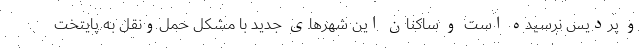
و پردیس نرسیده است و ساکنان این شهرهای جدید با مشکل حمل‌ونقل به پایتخت